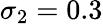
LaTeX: \sigma_{2}=0.3